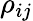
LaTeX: \rho_{ij}